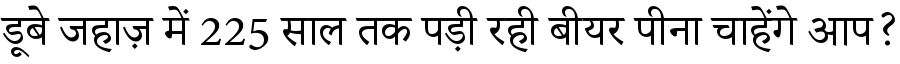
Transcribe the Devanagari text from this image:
डूबे जहाज़ में 225 साल तक पड़ी रही बीयर पीना चाहेंगे आप?